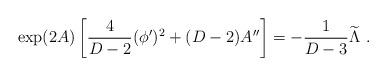
LaTeX: \begin{align*} \exp(2A)\left[{4\over{D-2}}(\phi^\prime)^2+ (D-2)A^{\prime\prime}\right]= -{1\over{D-3}}{\widetilde\Lambda}~.\end{align*}